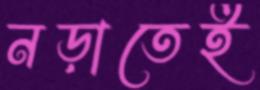
নড়াতেই